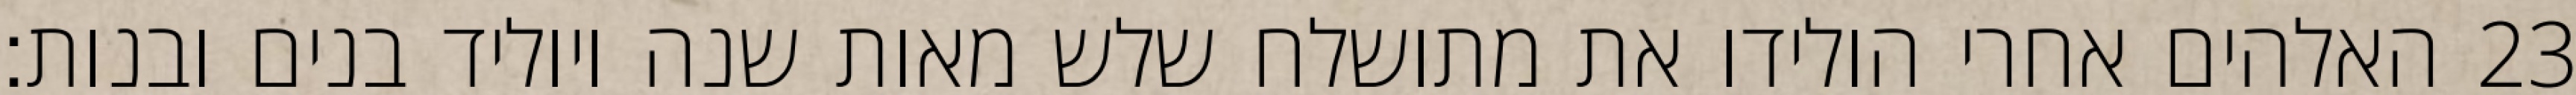
האלהים אחרי הולידו את מתושלח שלש מאות שנה ויוליד בנים ובנות׃ ‎23‏